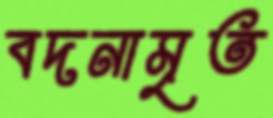
বদনামৃত